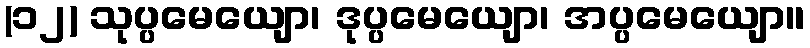
(၁၂) သုပ္ပမေယျော၊ ဒုပ္ပမေယျော၊ အပ္ပမေယျော။